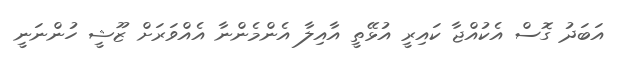
އަބަދު ގޮސް އެކުއްޖާ ކައިރީ އުޅޭތީ އާއިލާ އެންމެންނާ އެއްވަރަށް ޒޫޝީ ހުންނަނީ